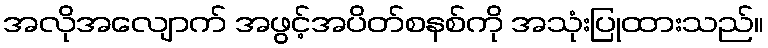
အလိုအလျောက် အဖွင့်အပိတ်စနစ်ကို အသုံးပြုထားသည်။